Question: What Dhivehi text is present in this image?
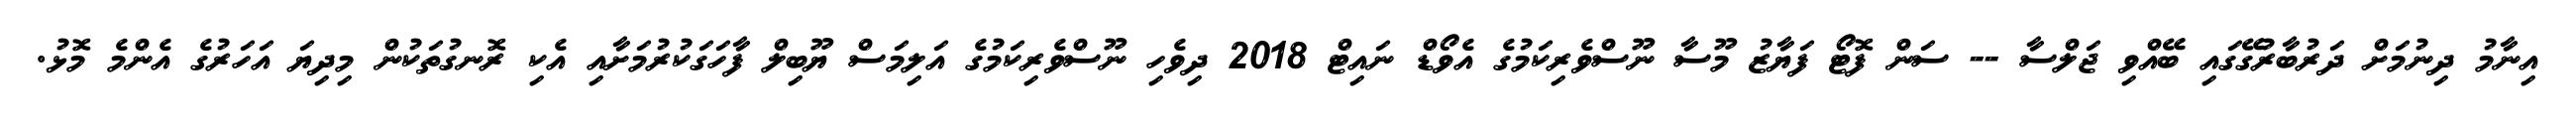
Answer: އިނާމު ދިނުމަށް ދަރުބާރުގޭގައި ބޭއްވި ޖަލްސާ -- ސަން ފޮޓޯ ފަޔާޒު މޫސާ ނޫސްވެރިކަމުގެ އެވޯޑް ނައިޓް 2018 ދިވެހި ނޫސްވެރިކަމުގެ އަލިމަސް ޔޫބިލް ފާހަގަކުރުމަށާއި އެކި ރޮނގުތަކުން މިދިޔަ އަހަރުގެ އެންމެ މޮޅު.